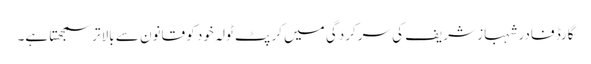
گارڈ فادر شہباز شریف کی سرکردگی میں کرپٹ ٹولہ خود کو قانون سے بالاتر سمجھتا ہے۔